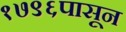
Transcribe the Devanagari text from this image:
१७९६पासून